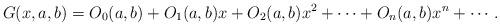
LaTeX: \begin{align*}G(x,a,b)=O_{0}(a,b)+O_{1}(a,b)x+O_{2}(a,b)x^{2}+\cdots+O_{n}(a,b)x^{n}+\cdots.\end{align*}